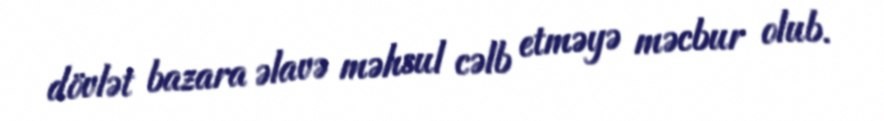
dövlət bazara əlavə məhsul cəlb etməyə məcbur olub.